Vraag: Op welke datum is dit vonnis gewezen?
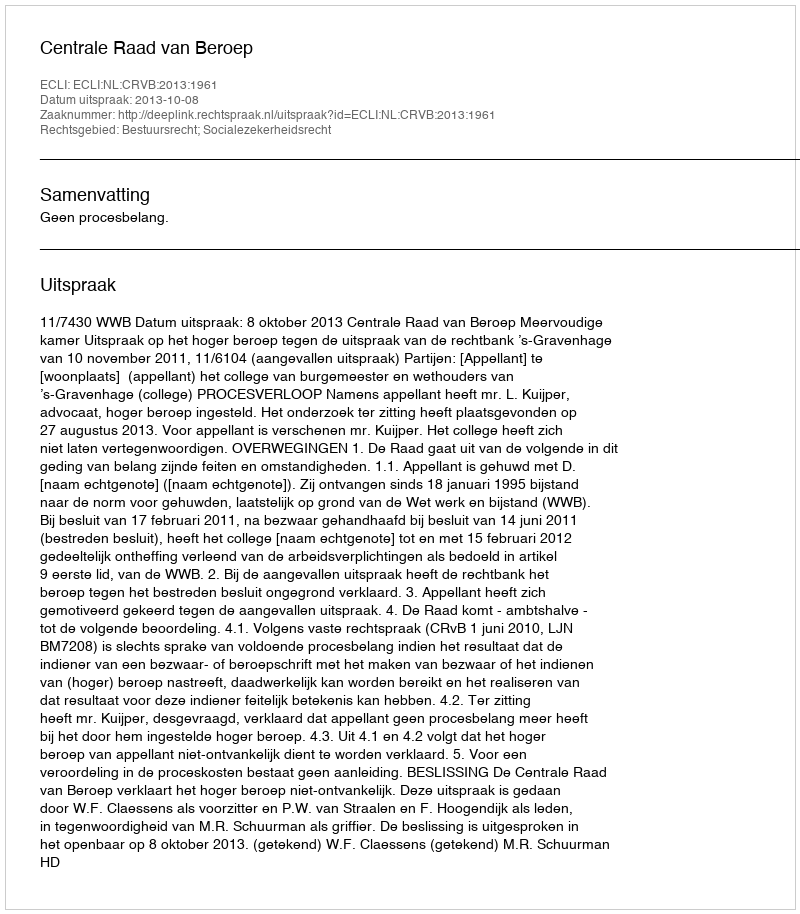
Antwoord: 2013-10-08